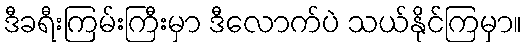
ဒီခရီးကြမ်းကြီးမှာ ဒီလောက်ပဲ သယ်နိုင်ကြမှာ။